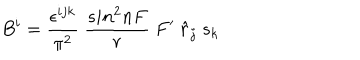
B ^ { i } = \frac { \epsilon ^ { i j k } } { \pi ^ { 2 } } ~ \frac { s i n ^ { 2 } n F } { r } ~ F ^ { \prime } ~ { \hat { r } } _ { j } ~ s _ { k }